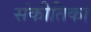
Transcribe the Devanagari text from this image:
संकीतिका